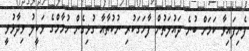
ފެނިފައިވާ ކަމަށް ބުނެ ދައުލަތުން ފާހަގަކުރި ނުކުތާއާ ގުޅިގެން ހުމާމްގެ ވަކީލު ވިދާޅުވީ